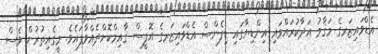
އެޑްވައިޒަރގެ މަޤާމު އަދާކުރައްވައި އިންޑިޔާގައި ޑިފެންސް އެޑްވައިޒަރގެ އޮފީސް ޤާއިމްކޮށްދެއްވާފައެވެ. މީގެއިތުރުން ވެސް